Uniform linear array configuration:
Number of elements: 12
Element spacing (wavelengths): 0.5
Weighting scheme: binomial
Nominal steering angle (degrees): -60
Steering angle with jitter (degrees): -60.926
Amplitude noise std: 0.05
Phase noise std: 0.05

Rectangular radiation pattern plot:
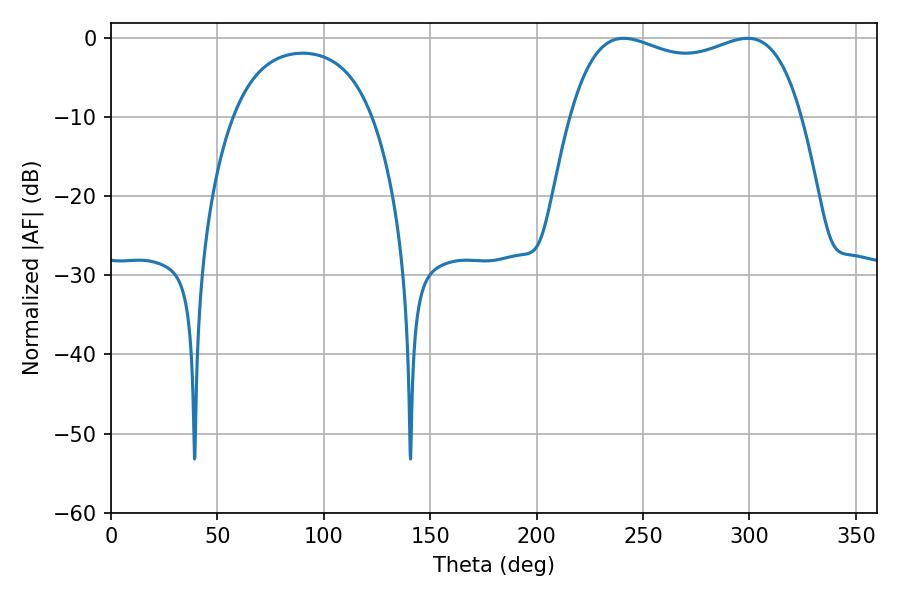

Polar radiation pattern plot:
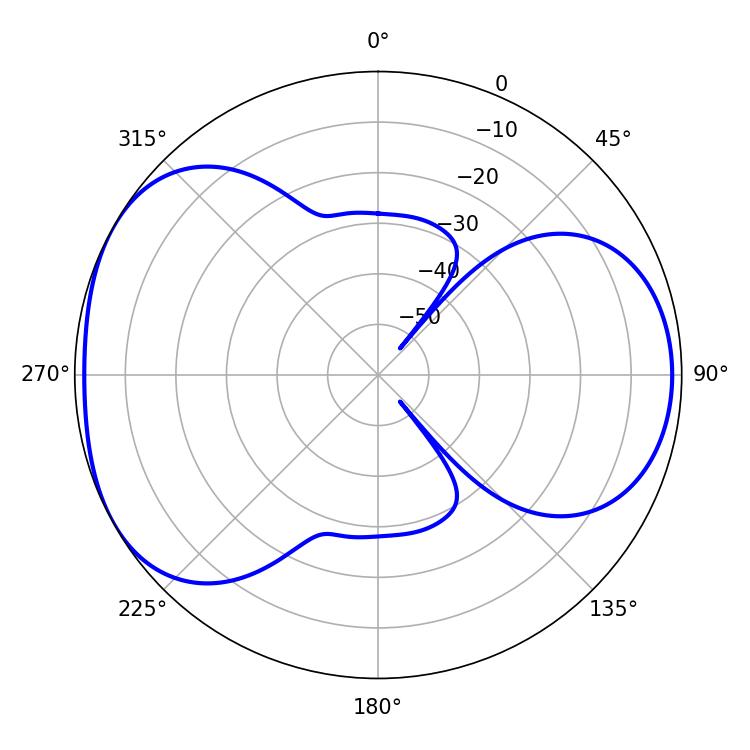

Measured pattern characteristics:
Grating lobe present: FALSE
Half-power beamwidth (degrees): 88.92
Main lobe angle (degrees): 240.84